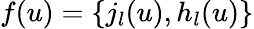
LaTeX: f(u)=\{ j_{l}(u),h_{l}(u)\}